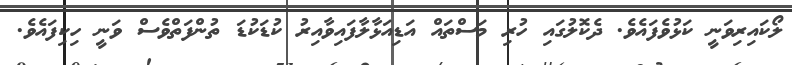
ލޯކައިރިވަނީ ކަޅުވެފައެވެ. ދެކޮލުގައި ހުރި މަސްތައް އަޑިއަޅާލާފައިވާއިރު ކުޑަކުޑަ ތުންފަތްވެސް ވަނީ ހިކިފައެވެ.